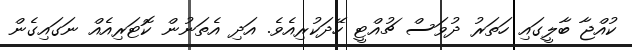
ކުއްޖާ ބާލީގައި ހަތަރު ދުވަސް ޗުއްޓީ ހޭދަކުރިއެވެ. އަދި އެތަނުން ކޮޓަރިއެއް ނަގައިގެން